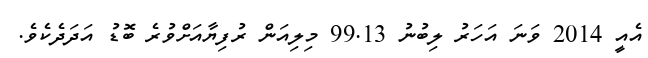
އެއީ 2014 ވަނަ އަހަރު ލިބުނު 99.13 މިލިއަން ރުފިޔާއަށްވުރެ ބޮޑު އަދަދެކެވެ.